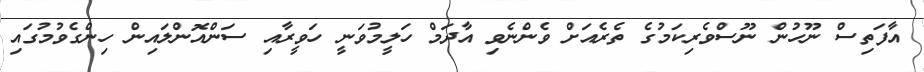
އާފަތިސް ނޫހުން ނޫސްވެރިކަމުގެ ތެރެއަށް ވެންނެވި އާދަމް ހަލީމުވަނީ ހަވީރާއި ސަންއޮންލައިން ހިންގެވުމުގައި